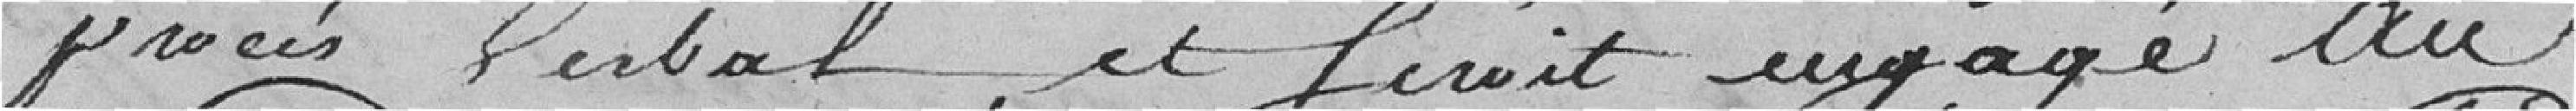
procès-verbal et serait engagé au